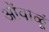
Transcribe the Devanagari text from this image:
ओंवाळूं